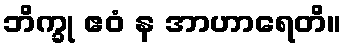
ဘိက္ခု ဧဝံ န အာဟာရေတိ။